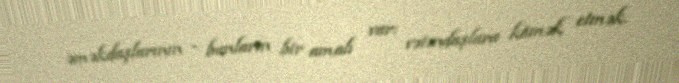
əməkdaşlarının - bunların bir amalı var: vətəndaşlara kömək etmək.